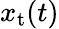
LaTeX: x_{\mathrm{t}}(t)